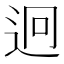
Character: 迥